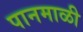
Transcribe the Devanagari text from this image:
पानमाळी